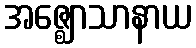
အဇ္ဈောသာနာယ